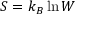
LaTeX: S = k _ { B } \ln W